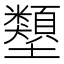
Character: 𡔇